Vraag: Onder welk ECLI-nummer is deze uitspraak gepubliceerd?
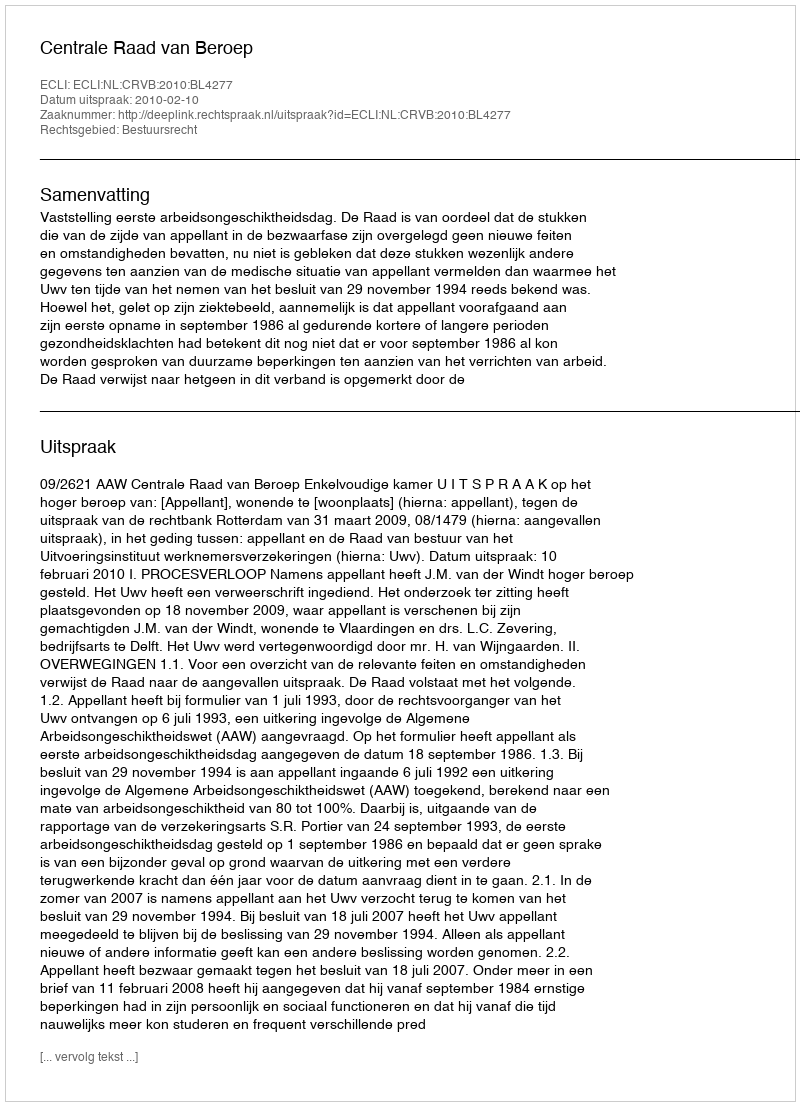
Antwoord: ECLI:NL:CRVB:2010:BL4277